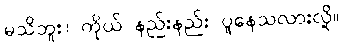
မသိဘူး။ ကိုယ် နည်းနည်း ပူနေသလားလို့။